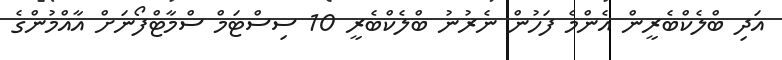
އަދި ބްލެކްބެރީން އެންމެ ފަހުން ނެރުނު ބްލެކްބެރީ 10 ސިސްޓަމް ސްމާޓްފޯނަށް އާއްމުންގެ